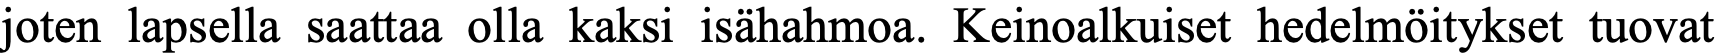
joten lapsella saattaa olla kaksi isähahmoa. Keinoalkuiset hedelmöitykset tuovat